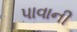
પાવાની